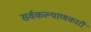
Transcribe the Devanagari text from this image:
सर्वकल्याणकारी